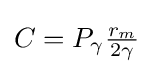
{\textstyle C=P_{\gamma }{\frac {r_{m}}{2\gamma }}}